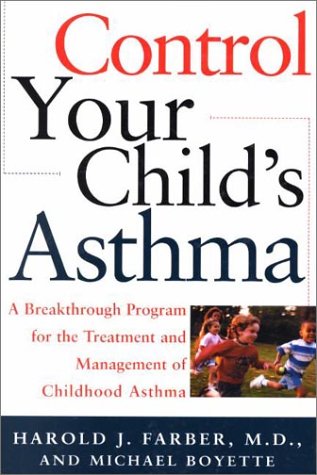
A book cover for Control Your Child's Asthma: A Breakthrough Program for the Treatment and Management of Childhood Asthma; Harold Farber; Health, Fitness & Dieting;